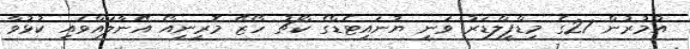
އުމުރުން 27ގެ މިޑްފީލްޑަރު ވަނީ ޔުނައިޓެޑްގެ ކޯޗު ހޯޒޭ މޮރީނިއޯ އޭނާލައްވައި ކުޅުވާ